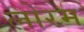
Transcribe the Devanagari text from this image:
लोरम